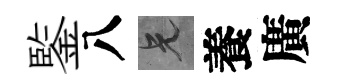
鍳八兄養廣